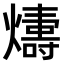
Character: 𤐭